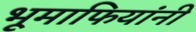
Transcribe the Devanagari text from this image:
भूमाफियांनी